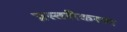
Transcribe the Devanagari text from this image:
प्रस्तरीकरण